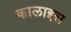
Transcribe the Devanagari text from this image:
कालाइस